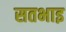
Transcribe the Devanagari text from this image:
सतभाइ